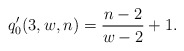
\begin{align*} q'_0(3, w , n) =\frac{n-2}{w-2}+1.\end{align*}